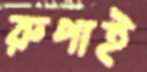
রুপাই